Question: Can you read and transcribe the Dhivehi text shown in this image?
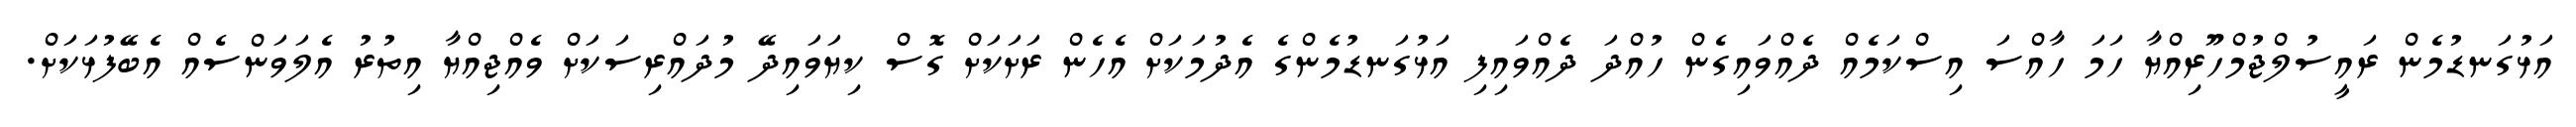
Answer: އަޅުގަނޑުމެން ރައީސުލްޖުމްހޫރިއްޔާ ހަމަ ހާއްސަ އިސްކަމެއް ދެއްވައިގެން ހުއްދަ ދެއްވައިފި އަޅުގަނޑުމެންގެ އެދުމަކަށް އެހެން ރަށަކަށް ގޮސް ކިޔަވައިދޭ މުދައްރިސަކަށް ވެއްޖިއްޔާ އިތުރު އެލަވަންސެއް އެބޭފުޅަކަށް.